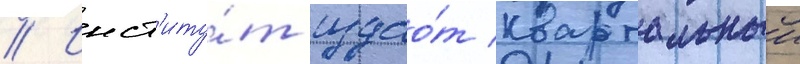
// Инст'иту́т издао́т квартальныи